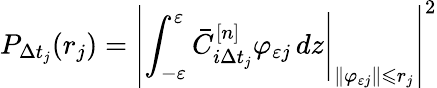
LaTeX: P_{\Delta t_{j}}(r_{j})=\left|\left.\int_{-\varepsilon}^{\varepsilon}\bar{C}_{i\Delta t_{j}}^{[n]}\varphi_{\varepsilon j}\mathop{}\! {d{z}}\right|_{\| \varphi_{\varepsilon j}\| \leqslant r_{j}}\right|^{2}